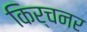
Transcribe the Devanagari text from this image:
किर्चनर